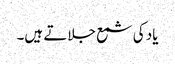
یاد کی شمع جلاتے ہیں۔